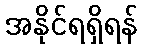
အနိုင်ရရှိရန်